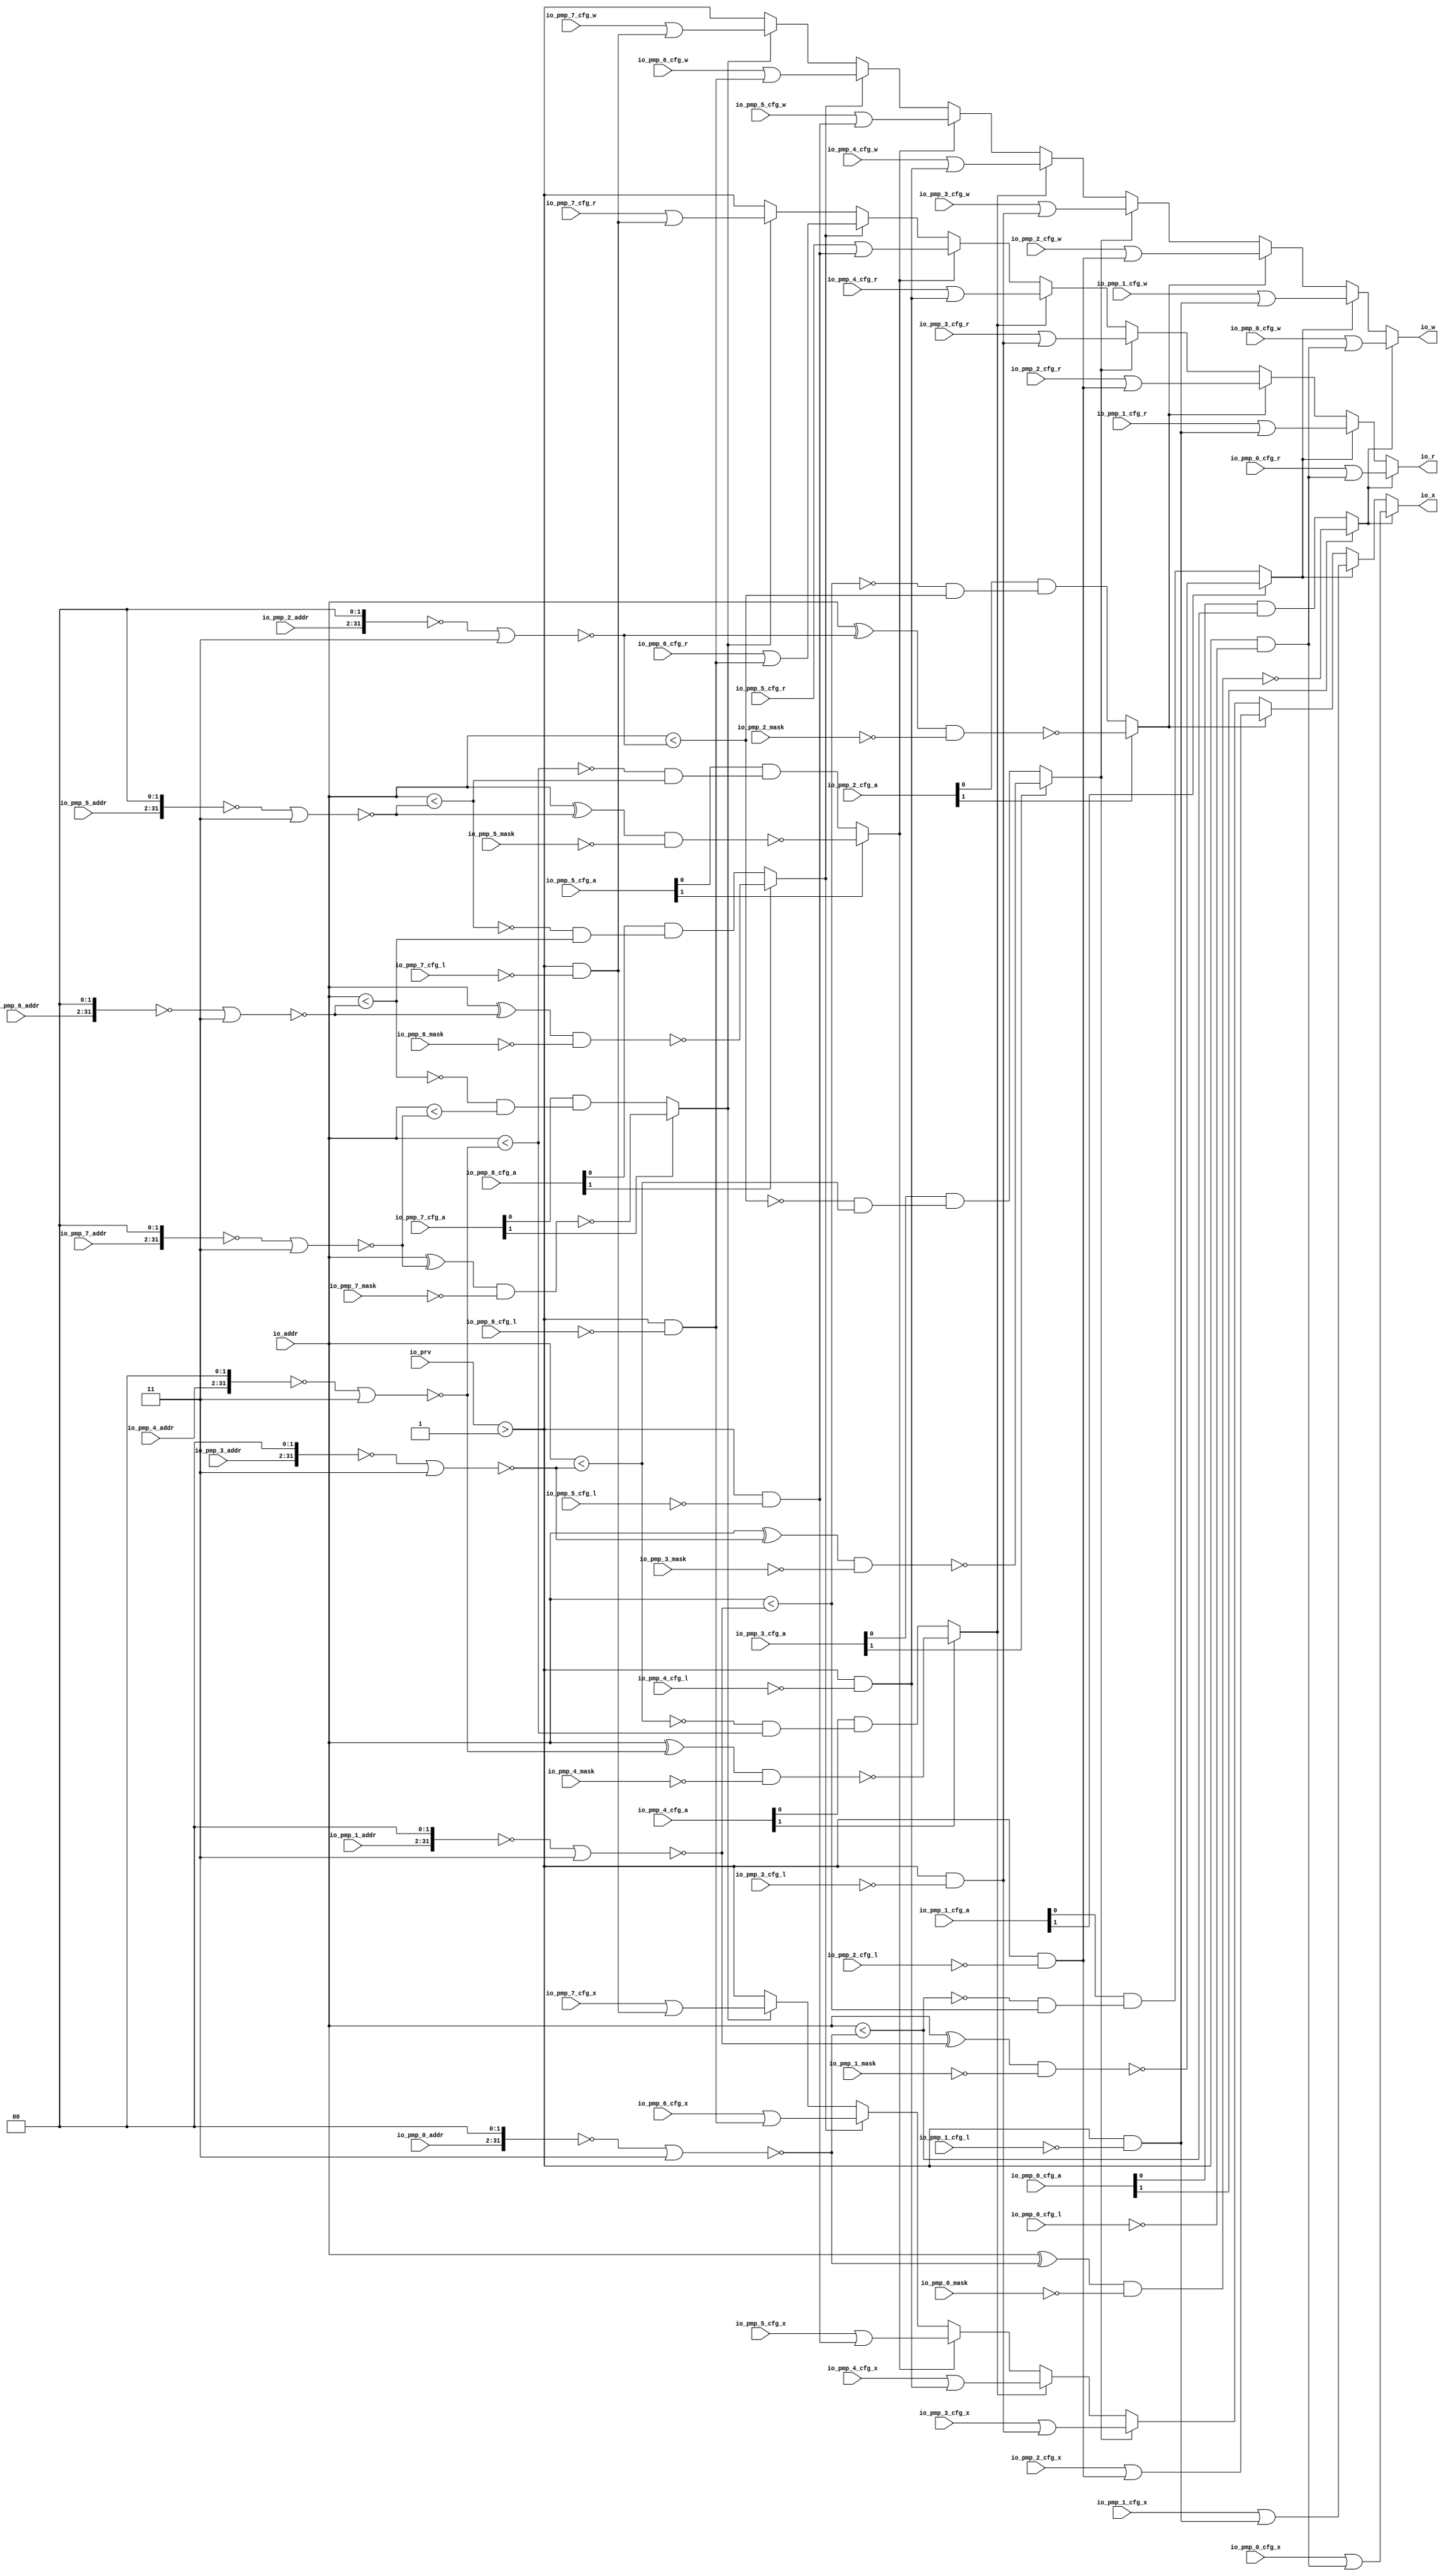
module PMPChecker_2(
  input  [1:0]  io_prv,
  input         io_pmp_0_cfg_l,
  input  [1:0]  io_pmp_0_cfg_a,
  input         io_pmp_0_cfg_x,
  input         io_pmp_0_cfg_w,
  input         io_pmp_0_cfg_r,
  input  [29:0] io_pmp_0_addr,
  input  [31:0] io_pmp_0_mask,
  input         io_pmp_1_cfg_l,
  input  [1:0]  io_pmp_1_cfg_a,
  input         io_pmp_1_cfg_x,
  input         io_pmp_1_cfg_w,
  input         io_pmp_1_cfg_r,
  input  [29:0] io_pmp_1_addr,
  input  [31:0] io_pmp_1_mask,
  input         io_pmp_2_cfg_l,
  input  [1:0]  io_pmp_2_cfg_a,
  input         io_pmp_2_cfg_x,
  input         io_pmp_2_cfg_w,
  input         io_pmp_2_cfg_r,
  input  [29:0] io_pmp_2_addr,
  input  [31:0] io_pmp_2_mask,
  input         io_pmp_3_cfg_l,
  input  [1:0]  io_pmp_3_cfg_a,
  input         io_pmp_3_cfg_x,
  input         io_pmp_3_cfg_w,
  input         io_pmp_3_cfg_r,
  input  [29:0] io_pmp_3_addr,
  input  [31:0] io_pmp_3_mask,
  input         io_pmp_4_cfg_l,
  input  [1:0]  io_pmp_4_cfg_a,
  input         io_pmp_4_cfg_x,
  input         io_pmp_4_cfg_w,
  input         io_pmp_4_cfg_r,
  input  [29:0] io_pmp_4_addr,
  input  [31:0] io_pmp_4_mask,
  input         io_pmp_5_cfg_l,
  input  [1:0]  io_pmp_5_cfg_a,
  input         io_pmp_5_cfg_x,
  input         io_pmp_5_cfg_w,
  input         io_pmp_5_cfg_r,
  input  [29:0] io_pmp_5_addr,
  input  [31:0] io_pmp_5_mask,
  input         io_pmp_6_cfg_l,
  input  [1:0]  io_pmp_6_cfg_a,
  input         io_pmp_6_cfg_x,
  input         io_pmp_6_cfg_w,
  input         io_pmp_6_cfg_r,
  input  [29:0] io_pmp_6_addr,
  input  [31:0] io_pmp_6_mask,
  input         io_pmp_7_cfg_l,
  input  [1:0]  io_pmp_7_cfg_a,
  input         io_pmp_7_cfg_x,
  input         io_pmp_7_cfg_w,
  input         io_pmp_7_cfg_r,
  input  [29:0] io_pmp_7_addr,
  input  [31:0] io_pmp_7_mask,
  input  [31:0] io_addr,
  output        io_r,
  output        io_w,
  output        io_x
);
  wire  default_ = io_prv > 2'h1; // @[PMP.scala 155:56]
  wire [31:0] _res_hit_T_1 = {io_pmp_7_addr, 2'h0}; // @[PMP.scala 60:36]
  wire [31:0] _res_hit_T_2 = ~_res_hit_T_1; // @[PMP.scala 60:29]
  wire [31:0] _res_hit_T_3 = _res_hit_T_2 | 32'h3; // @[PMP.scala 60:48]
  wire [31:0] _res_hit_T_4 = ~_res_hit_T_3; // @[PMP.scala 60:27]
  wire [31:0] _res_hit_T_5 = io_addr ^ _res_hit_T_4; // @[PMP.scala 63:47]
  wire [31:0] _res_hit_T_6 = ~io_pmp_7_mask; // @[PMP.scala 63:54]
  wire [31:0] _res_hit_T_7 = _res_hit_T_5 & _res_hit_T_6; // @[PMP.scala 63:52]
  wire  _res_hit_T_8 = _res_hit_T_7 == 32'h0; // @[PMP.scala 63:58]
  wire [31:0] _res_hit_T_14 = {io_pmp_6_addr, 2'h0}; // @[PMP.scala 60:36]
  wire [31:0] _res_hit_T_15 = ~_res_hit_T_14; // @[PMP.scala 60:29]
  wire [31:0] _res_hit_T_16 = _res_hit_T_15 | 32'h3; // @[PMP.scala 60:48]
  wire [31:0] _res_hit_T_17 = ~_res_hit_T_16; // @[PMP.scala 60:27]
  wire  _res_hit_T_18 = io_addr < _res_hit_T_17; // @[PMP.scala 77:9]
  wire  _res_hit_T_19 = ~_res_hit_T_18; // @[PMP.scala 88:5]
  wire  _res_hit_T_24 = io_addr < _res_hit_T_4; // @[PMP.scala 77:9]
  wire  _res_hit_T_25 = _res_hit_T_19 & _res_hit_T_24; // @[PMP.scala 94:48]
  wire  res_hit = io_pmp_7_cfg_a[1] ? _res_hit_T_8 : io_pmp_7_cfg_a[0] & _res_hit_T_25; // @[PMP.scala 132:8]
  wire  res_ignore = default_ & ~io_pmp_7_cfg_l; // @[PMP.scala 163:26]
  wire  res_cur_cfg_r = io_pmp_7_cfg_r | res_ignore; // @[PMP.scala 181:40]
  wire  res_cur_cfg_w = io_pmp_7_cfg_w | res_ignore; // @[PMP.scala 182:40]
  wire  res_cur_cfg_x = io_pmp_7_cfg_x | res_ignore; // @[PMP.scala 183:40]
  wire  _res_T_44_cfg_x = res_hit ? res_cur_cfg_x : default_; // @[PMP.scala 184:8]
  wire  _res_T_44_cfg_w = res_hit ? res_cur_cfg_w : default_; // @[PMP.scala 184:8]
  wire  _res_T_44_cfg_r = res_hit ? res_cur_cfg_r : default_; // @[PMP.scala 184:8]
  wire [31:0] _res_hit_T_32 = io_addr ^ _res_hit_T_17; // @[PMP.scala 63:47]
  wire [31:0] _res_hit_T_33 = ~io_pmp_6_mask; // @[PMP.scala 63:54]
  wire [31:0] _res_hit_T_34 = _res_hit_T_32 & _res_hit_T_33; // @[PMP.scala 63:52]
  wire  _res_hit_T_35 = _res_hit_T_34 == 32'h0; // @[PMP.scala 63:58]
  wire [31:0] _res_hit_T_41 = {io_pmp_5_addr, 2'h0}; // @[PMP.scala 60:36]
  wire [31:0] _res_hit_T_42 = ~_res_hit_T_41; // @[PMP.scala 60:29]
  wire [31:0] _res_hit_T_43 = _res_hit_T_42 | 32'h3; // @[PMP.scala 60:48]
  wire [31:0] _res_hit_T_44 = ~_res_hit_T_43; // @[PMP.scala 60:27]
  wire  _res_hit_T_45 = io_addr < _res_hit_T_44; // @[PMP.scala 77:9]
  wire  _res_hit_T_46 = ~_res_hit_T_45; // @[PMP.scala 88:5]
  wire  _res_hit_T_52 = _res_hit_T_46 & _res_hit_T_18; // @[PMP.scala 94:48]
  wire  res_hit_1 = io_pmp_6_cfg_a[1] ? _res_hit_T_35 : io_pmp_6_cfg_a[0] & _res_hit_T_52; // @[PMP.scala 132:8]
  wire  res_ignore_1 = default_ & ~io_pmp_6_cfg_l; // @[PMP.scala 163:26]
  wire  res_cur_1_cfg_r = io_pmp_6_cfg_r | res_ignore_1; // @[PMP.scala 181:40]
  wire  res_cur_1_cfg_w = io_pmp_6_cfg_w | res_ignore_1; // @[PMP.scala 182:40]
  wire  res_cur_1_cfg_x = io_pmp_6_cfg_x | res_ignore_1; // @[PMP.scala 183:40]
  wire  _res_T_89_cfg_x = res_hit_1 ? res_cur_1_cfg_x : _res_T_44_cfg_x; // @[PMP.scala 184:8]
  wire  _res_T_89_cfg_w = res_hit_1 ? res_cur_1_cfg_w : _res_T_44_cfg_w; // @[PMP.scala 184:8]
  wire  _res_T_89_cfg_r = res_hit_1 ? res_cur_1_cfg_r : _res_T_44_cfg_r; // @[PMP.scala 184:8]
  wire [31:0] _res_hit_T_59 = io_addr ^ _res_hit_T_44; // @[PMP.scala 63:47]
  wire [31:0] _res_hit_T_60 = ~io_pmp_5_mask; // @[PMP.scala 63:54]
  wire [31:0] _res_hit_T_61 = _res_hit_T_59 & _res_hit_T_60; // @[PMP.scala 63:52]
  wire  _res_hit_T_62 = _res_hit_T_61 == 32'h0; // @[PMP.scala 63:58]
  wire [31:0] _res_hit_T_68 = {io_pmp_4_addr, 2'h0}; // @[PMP.scala 60:36]
  wire [31:0] _res_hit_T_69 = ~_res_hit_T_68; // @[PMP.scala 60:29]
  wire [31:0] _res_hit_T_70 = _res_hit_T_69 | 32'h3; // @[PMP.scala 60:48]
  wire [31:0] _res_hit_T_71 = ~_res_hit_T_70; // @[PMP.scala 60:27]
  wire  _res_hit_T_72 = io_addr < _res_hit_T_71; // @[PMP.scala 77:9]
  wire  _res_hit_T_73 = ~_res_hit_T_72; // @[PMP.scala 88:5]
  wire  _res_hit_T_79 = _res_hit_T_73 & _res_hit_T_45; // @[PMP.scala 94:48]
  wire  res_hit_2 = io_pmp_5_cfg_a[1] ? _res_hit_T_62 : io_pmp_5_cfg_a[0] & _res_hit_T_79; // @[PMP.scala 132:8]
  wire  res_ignore_2 = default_ & ~io_pmp_5_cfg_l; // @[PMP.scala 163:26]
  wire  res_cur_2_cfg_r = io_pmp_5_cfg_r | res_ignore_2; // @[PMP.scala 181:40]
  wire  res_cur_2_cfg_w = io_pmp_5_cfg_w | res_ignore_2; // @[PMP.scala 182:40]
  wire  res_cur_2_cfg_x = io_pmp_5_cfg_x | res_ignore_2; // @[PMP.scala 183:40]
  wire  _res_T_134_cfg_x = res_hit_2 ? res_cur_2_cfg_x : _res_T_89_cfg_x; // @[PMP.scala 184:8]
  wire  _res_T_134_cfg_w = res_hit_2 ? res_cur_2_cfg_w : _res_T_89_cfg_w; // @[PMP.scala 184:8]
  wire  _res_T_134_cfg_r = res_hit_2 ? res_cur_2_cfg_r : _res_T_89_cfg_r; // @[PMP.scala 184:8]
  wire [31:0] _res_hit_T_86 = io_addr ^ _res_hit_T_71; // @[PMP.scala 63:47]
  wire [31:0] _res_hit_T_87 = ~io_pmp_4_mask; // @[PMP.scala 63:54]
  wire [31:0] _res_hit_T_88 = _res_hit_T_86 & _res_hit_T_87; // @[PMP.scala 63:52]
  wire  _res_hit_T_89 = _res_hit_T_88 == 32'h0; // @[PMP.scala 63:58]
  wire [31:0] _res_hit_T_95 = {io_pmp_3_addr, 2'h0}; // @[PMP.scala 60:36]
  wire [31:0] _res_hit_T_96 = ~_res_hit_T_95; // @[PMP.scala 60:29]
  wire [31:0] _res_hit_T_97 = _res_hit_T_96 | 32'h3; // @[PMP.scala 60:48]
  wire [31:0] _res_hit_T_98 = ~_res_hit_T_97; // @[PMP.scala 60:27]
  wire  _res_hit_T_99 = io_addr < _res_hit_T_98; // @[PMP.scala 77:9]
  wire  _res_hit_T_100 = ~_res_hit_T_99; // @[PMP.scala 88:5]
  wire  _res_hit_T_106 = _res_hit_T_100 & _res_hit_T_72; // @[PMP.scala 94:48]
  wire  res_hit_3 = io_pmp_4_cfg_a[1] ? _res_hit_T_89 : io_pmp_4_cfg_a[0] & _res_hit_T_106; // @[PMP.scala 132:8]
  wire  res_ignore_3 = default_ & ~io_pmp_4_cfg_l; // @[PMP.scala 163:26]
  wire  res_cur_3_cfg_r = io_pmp_4_cfg_r | res_ignore_3; // @[PMP.scala 181:40]
  wire  res_cur_3_cfg_w = io_pmp_4_cfg_w | res_ignore_3; // @[PMP.scala 182:40]
  wire  res_cur_3_cfg_x = io_pmp_4_cfg_x | res_ignore_3; // @[PMP.scala 183:40]
  wire  _res_T_179_cfg_x = res_hit_3 ? res_cur_3_cfg_x : _res_T_134_cfg_x; // @[PMP.scala 184:8]
  wire  _res_T_179_cfg_w = res_hit_3 ? res_cur_3_cfg_w : _res_T_134_cfg_w; // @[PMP.scala 184:8]
  wire  _res_T_179_cfg_r = res_hit_3 ? res_cur_3_cfg_r : _res_T_134_cfg_r; // @[PMP.scala 184:8]
  wire [31:0] _res_hit_T_113 = io_addr ^ _res_hit_T_98; // @[PMP.scala 63:47]
  wire [31:0] _res_hit_T_114 = ~io_pmp_3_mask; // @[PMP.scala 63:54]
  wire [31:0] _res_hit_T_115 = _res_hit_T_113 & _res_hit_T_114; // @[PMP.scala 63:52]
  wire  _res_hit_T_116 = _res_hit_T_115 == 32'h0; // @[PMP.scala 63:58]
  wire [31:0] _res_hit_T_122 = {io_pmp_2_addr, 2'h0}; // @[PMP.scala 60:36]
  wire [31:0] _res_hit_T_123 = ~_res_hit_T_122; // @[PMP.scala 60:29]
  wire [31:0] _res_hit_T_124 = _res_hit_T_123 | 32'h3; // @[PMP.scala 60:48]
  wire [31:0] _res_hit_T_125 = ~_res_hit_T_124; // @[PMP.scala 60:27]
  wire  _res_hit_T_126 = io_addr < _res_hit_T_125; // @[PMP.scala 77:9]
  wire  _res_hit_T_127 = ~_res_hit_T_126; // @[PMP.scala 88:5]
  wire  _res_hit_T_133 = _res_hit_T_127 & _res_hit_T_99; // @[PMP.scala 94:48]
  wire  res_hit_4 = io_pmp_3_cfg_a[1] ? _res_hit_T_116 : io_pmp_3_cfg_a[0] & _res_hit_T_133; // @[PMP.scala 132:8]
  wire  res_ignore_4 = default_ & ~io_pmp_3_cfg_l; // @[PMP.scala 163:26]
  wire  res_cur_4_cfg_r = io_pmp_3_cfg_r | res_ignore_4; // @[PMP.scala 181:40]
  wire  res_cur_4_cfg_w = io_pmp_3_cfg_w | res_ignore_4; // @[PMP.scala 182:40]
  wire  res_cur_4_cfg_x = io_pmp_3_cfg_x | res_ignore_4; // @[PMP.scala 183:40]
  wire  _res_T_224_cfg_x = res_hit_4 ? res_cur_4_cfg_x : _res_T_179_cfg_x; // @[PMP.scala 184:8]
  wire  _res_T_224_cfg_w = res_hit_4 ? res_cur_4_cfg_w : _res_T_179_cfg_w; // @[PMP.scala 184:8]
  wire  _res_T_224_cfg_r = res_hit_4 ? res_cur_4_cfg_r : _res_T_179_cfg_r; // @[PMP.scala 184:8]
  wire [31:0] _res_hit_T_140 = io_addr ^ _res_hit_T_125; // @[PMP.scala 63:47]
  wire [31:0] _res_hit_T_141 = ~io_pmp_2_mask; // @[PMP.scala 63:54]
  wire [31:0] _res_hit_T_142 = _res_hit_T_140 & _res_hit_T_141; // @[PMP.scala 63:52]
  wire  _res_hit_T_143 = _res_hit_T_142 == 32'h0; // @[PMP.scala 63:58]
  wire [31:0] _res_hit_T_149 = {io_pmp_1_addr, 2'h0}; // @[PMP.scala 60:36]
  wire [31:0] _res_hit_T_150 = ~_res_hit_T_149; // @[PMP.scala 60:29]
  wire [31:0] _res_hit_T_151 = _res_hit_T_150 | 32'h3; // @[PMP.scala 60:48]
  wire [31:0] _res_hit_T_152 = ~_res_hit_T_151; // @[PMP.scala 60:27]
  wire  _res_hit_T_153 = io_addr < _res_hit_T_152; // @[PMP.scala 77:9]
  wire  _res_hit_T_154 = ~_res_hit_T_153; // @[PMP.scala 88:5]
  wire  _res_hit_T_160 = _res_hit_T_154 & _res_hit_T_126; // @[PMP.scala 94:48]
  wire  res_hit_5 = io_pmp_2_cfg_a[1] ? _res_hit_T_143 : io_pmp_2_cfg_a[0] & _res_hit_T_160; // @[PMP.scala 132:8]
  wire  res_ignore_5 = default_ & ~io_pmp_2_cfg_l; // @[PMP.scala 163:26]
  wire  res_cur_5_cfg_r = io_pmp_2_cfg_r | res_ignore_5; // @[PMP.scala 181:40]
  wire  res_cur_5_cfg_w = io_pmp_2_cfg_w | res_ignore_5; // @[PMP.scala 182:40]
  wire  res_cur_5_cfg_x = io_pmp_2_cfg_x | res_ignore_5; // @[PMP.scala 183:40]
  wire  _res_T_269_cfg_x = res_hit_5 ? res_cur_5_cfg_x : _res_T_224_cfg_x; // @[PMP.scala 184:8]
  wire  _res_T_269_cfg_w = res_hit_5 ? res_cur_5_cfg_w : _res_T_224_cfg_w; // @[PMP.scala 184:8]
  wire  _res_T_269_cfg_r = res_hit_5 ? res_cur_5_cfg_r : _res_T_224_cfg_r; // @[PMP.scala 184:8]
  wire [31:0] _res_hit_T_167 = io_addr ^ _res_hit_T_152; // @[PMP.scala 63:47]
  wire [31:0] _res_hit_T_168 = ~io_pmp_1_mask; // @[PMP.scala 63:54]
  wire [31:0] _res_hit_T_169 = _res_hit_T_167 & _res_hit_T_168; // @[PMP.scala 63:52]
  wire  _res_hit_T_170 = _res_hit_T_169 == 32'h0; // @[PMP.scala 63:58]
  wire [31:0] _res_hit_T_176 = {io_pmp_0_addr, 2'h0}; // @[PMP.scala 60:36]
  wire [31:0] _res_hit_T_177 = ~_res_hit_T_176; // @[PMP.scala 60:29]
  wire [31:0] _res_hit_T_178 = _res_hit_T_177 | 32'h3; // @[PMP.scala 60:48]
  wire [31:0] _res_hit_T_179 = ~_res_hit_T_178; // @[PMP.scala 60:27]
  wire  _res_hit_T_180 = io_addr < _res_hit_T_179; // @[PMP.scala 77:9]
  wire  _res_hit_T_181 = ~_res_hit_T_180; // @[PMP.scala 88:5]
  wire  _res_hit_T_187 = _res_hit_T_181 & _res_hit_T_153; // @[PMP.scala 94:48]
  wire  res_hit_6 = io_pmp_1_cfg_a[1] ? _res_hit_T_170 : io_pmp_1_cfg_a[0] & _res_hit_T_187; // @[PMP.scala 132:8]
  wire  res_ignore_6 = default_ & ~io_pmp_1_cfg_l; // @[PMP.scala 163:26]
  wire  res_cur_6_cfg_r = io_pmp_1_cfg_r | res_ignore_6; // @[PMP.scala 181:40]
  wire  res_cur_6_cfg_w = io_pmp_1_cfg_w | res_ignore_6; // @[PMP.scala 182:40]
  wire  res_cur_6_cfg_x = io_pmp_1_cfg_x | res_ignore_6; // @[PMP.scala 183:40]
  wire  _res_T_314_cfg_x = res_hit_6 ? res_cur_6_cfg_x : _res_T_269_cfg_x; // @[PMP.scala 184:8]
  wire  _res_T_314_cfg_w = res_hit_6 ? res_cur_6_cfg_w : _res_T_269_cfg_w; // @[PMP.scala 184:8]
  wire  _res_T_314_cfg_r = res_hit_6 ? res_cur_6_cfg_r : _res_T_269_cfg_r; // @[PMP.scala 184:8]
  wire [31:0] _res_hit_T_194 = io_addr ^ _res_hit_T_179; // @[PMP.scala 63:47]
  wire [31:0] _res_hit_T_195 = ~io_pmp_0_mask; // @[PMP.scala 63:54]
  wire [31:0] _res_hit_T_196 = _res_hit_T_194 & _res_hit_T_195; // @[PMP.scala 63:52]
  wire  _res_hit_T_197 = _res_hit_T_196 == 32'h0; // @[PMP.scala 63:58]
  wire  res_hit_7 = io_pmp_0_cfg_a[1] ? _res_hit_T_197 : io_pmp_0_cfg_a[0] & _res_hit_T_180; // @[PMP.scala 132:8]
  wire  res_ignore_7 = default_ & ~io_pmp_0_cfg_l; // @[PMP.scala 163:26]
  wire  res_cur_7_cfg_r = io_pmp_0_cfg_r | res_ignore_7; // @[PMP.scala 181:40]
  wire  res_cur_7_cfg_w = io_pmp_0_cfg_w | res_ignore_7; // @[PMP.scala 182:40]
  wire  res_cur_7_cfg_x = io_pmp_0_cfg_x | res_ignore_7; // @[PMP.scala 183:40]
  assign io_r = res_hit_7 ? res_cur_7_cfg_r : _res_T_314_cfg_r; // @[PMP.scala 184:8]
  assign io_w = res_hit_7 ? res_cur_7_cfg_w : _res_T_314_cfg_w; // @[PMP.scala 184:8]
  assign io_x = res_hit_7 ? res_cur_7_cfg_x : _res_T_314_cfg_x; // @[PMP.scala 184:8]
endmodule